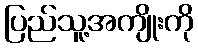
ပြည်သူ့အကျိုးကို